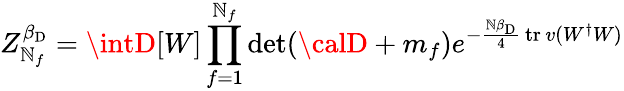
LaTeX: Z_{\mathbb{N}_{f}}^{\beta_{\mathrm{{D}}}}=\intD[W]\prod_{f=1}^{\mathbb{N}_{f}}\mathrm{{det}}({\calD}+m_{f})e^{-{\frac{{\mathbb{N}\beta_{\mathrm{{D}}}}}{{4}}}\, \mathrm{{tr}}\, v(W^{\dagger}W)}